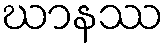
ဃာနဿ